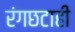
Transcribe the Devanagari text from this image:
रंगछटाही